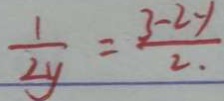
\frac { 1 } { 2 y } = \frac { 3 - 2 y } { 2 }